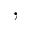
,